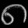
Digit: ၈